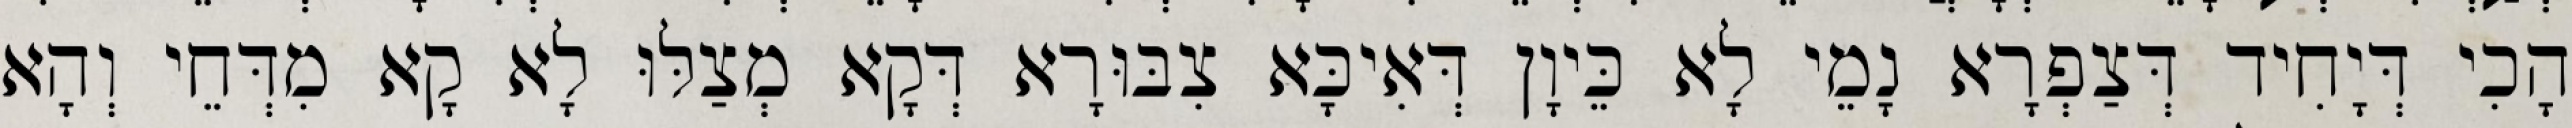
הָכִי דְּיָחִיד דְּצַפְרָא נָמֵי לָא כֵּיוָן דְּאִיכָּא צִבּוּרָא דְּקָא מְצַלּוּ לָא קָא מִדְּחֵי וְהָא